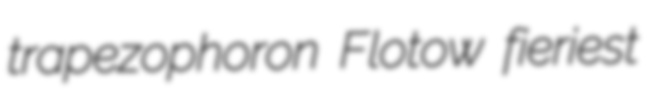
trapezophoron Flotow fieriest